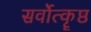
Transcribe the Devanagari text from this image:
सर्वोत्कॄष्ठ